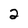
Character: 2